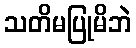
သတိမပြုမိဘဲ